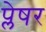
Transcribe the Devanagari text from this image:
प्लेषर